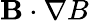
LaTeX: \mathbf{B}\cdot\nabla B